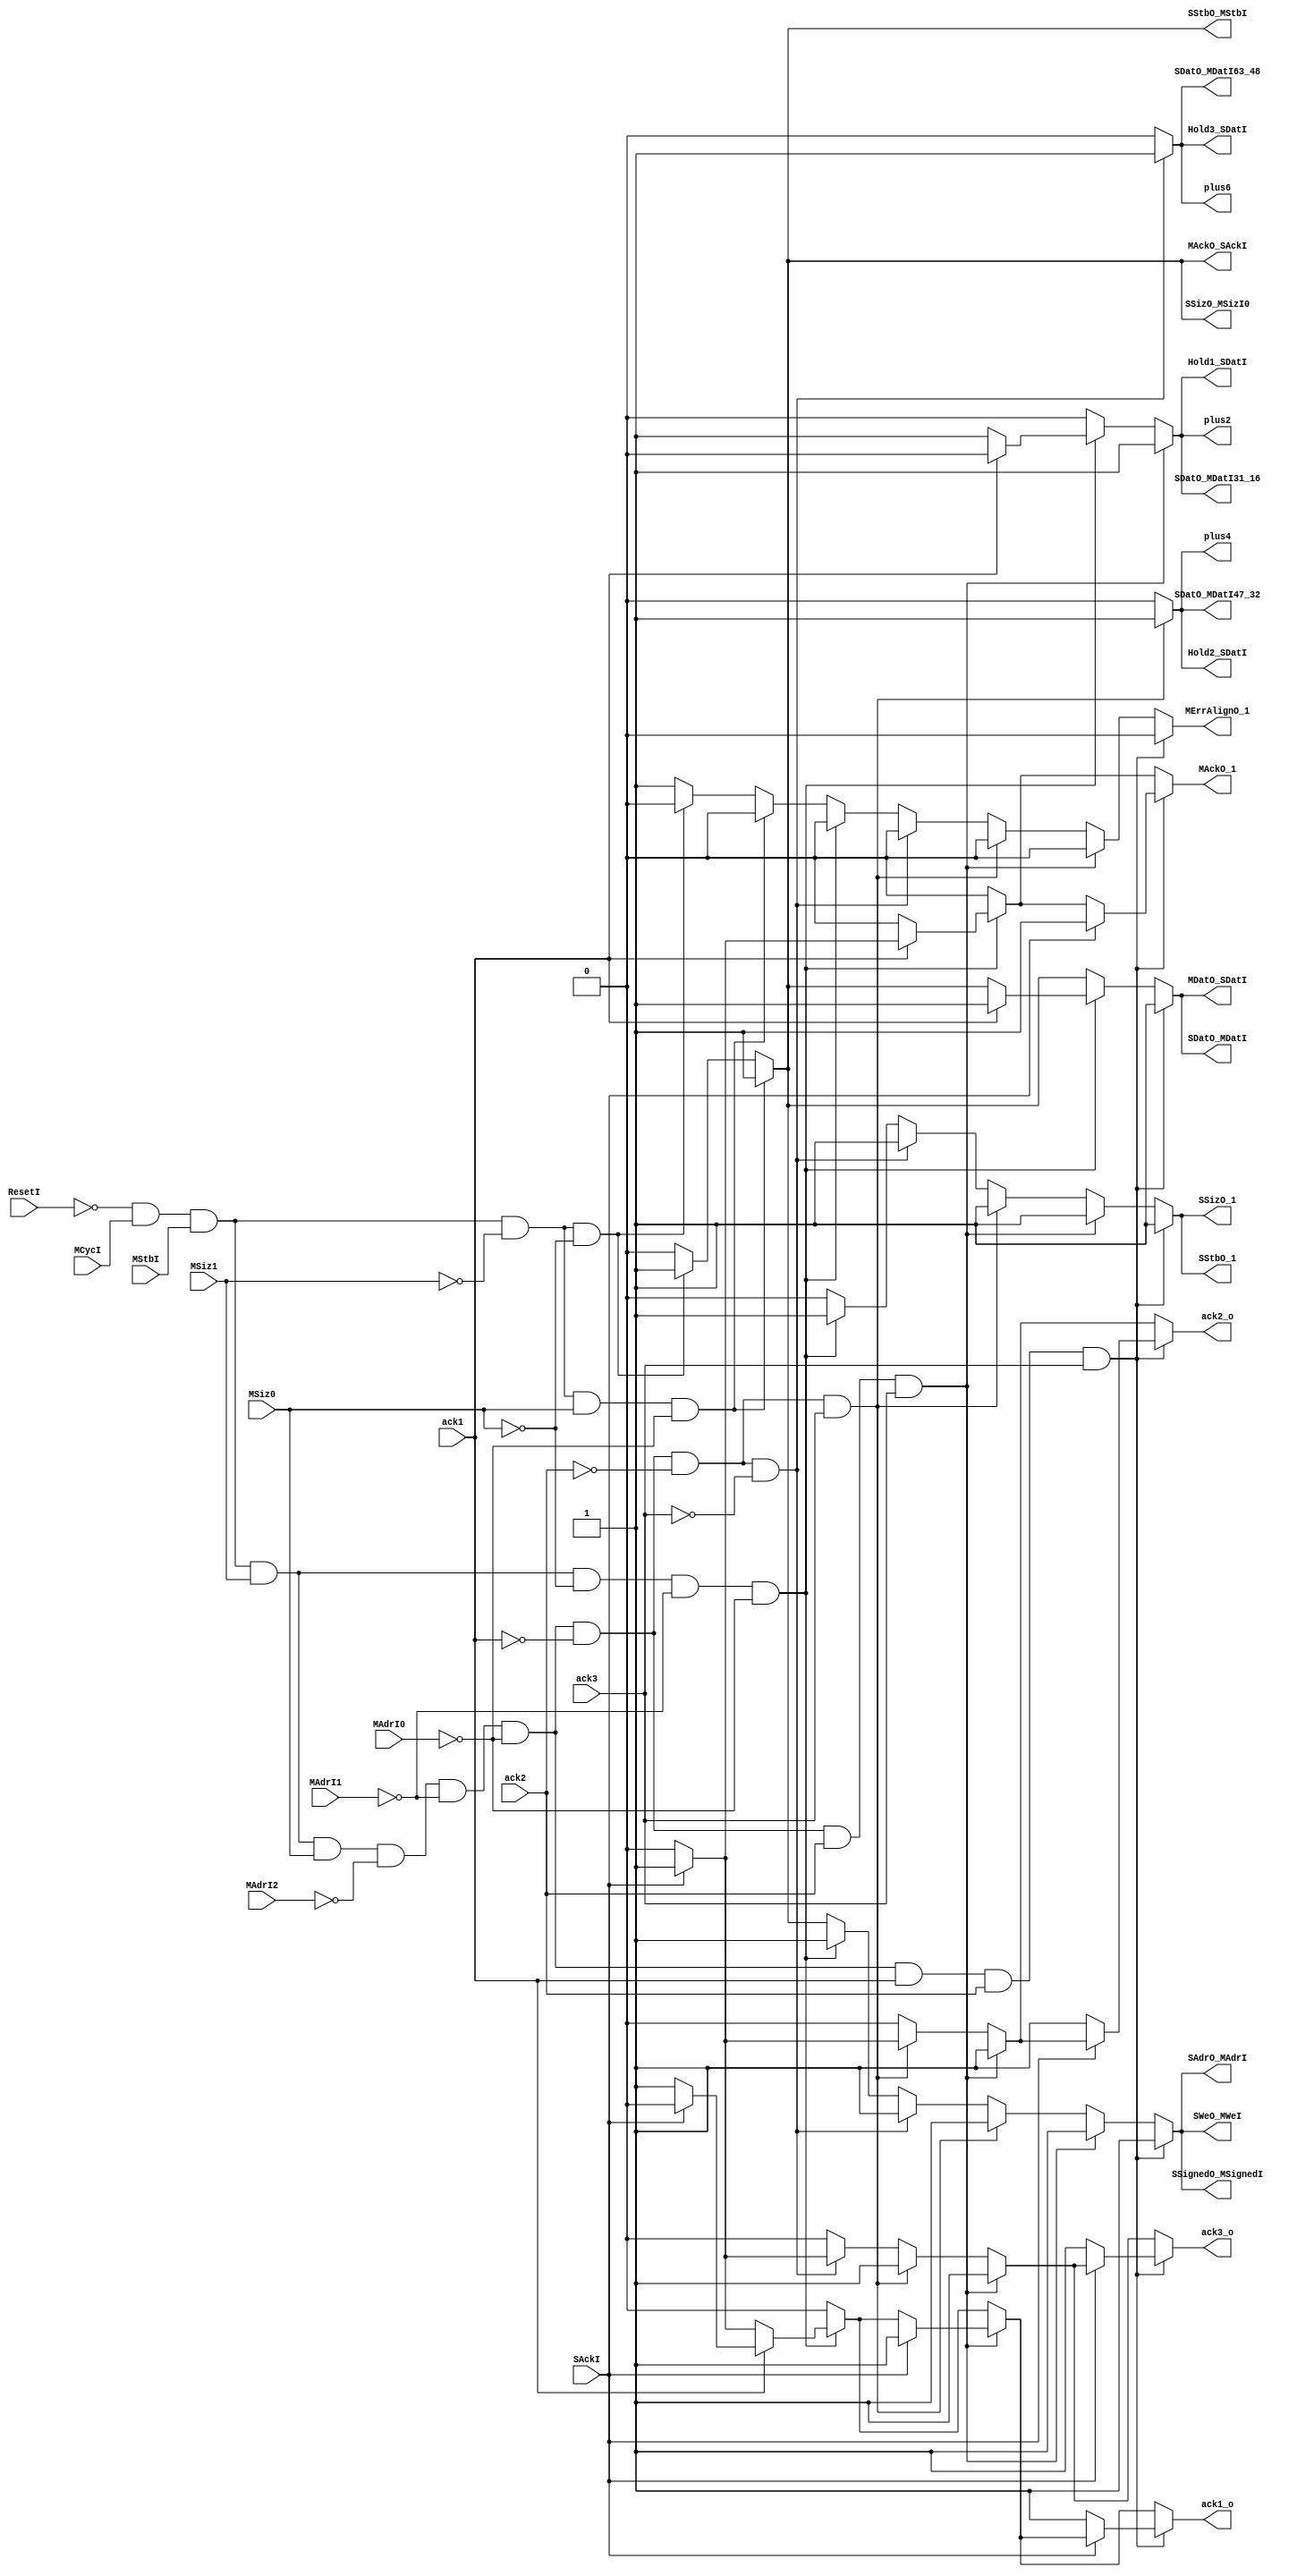
module BottleneckSequencer(
	input 	SAckI,
	input 	ack3,
	input 	ack2,
	input 	ack1,
	input 	MAdrI2,
	input 	MAdrI1,
	input 	MAdrI0,
	input 	MSiz0,
	input 	MSiz1,
	input 	MStbI,
	input 	MCycI,
	input 	ResetI,
	output 	SWeO_MWeI,
	output 	SStbO_MStbI,
	output 	SStbO_1,
	output 	SSizO_MSizI0,
	output 	SSizO_1,
	output 	SSignedO_MSignedI,
	output 	SDatO_MDatI63_48,
	output 	SDatO_MDatI47_32,
	output 	SDatO_MDatI31_16,
	output 	SDatO_MDatI,
	output 	plus6,
	output 	plus4,
	output 	plus2,
	output 	SAdrO_MAdrI,
	output 	MErrAlignO_1,
	output 	MDatO_SDatI,
	output 	MAckO_SAckI,
	output 	MAckO_1,
	output 	Hold3_SDatI,
	output 	Hold2_SDatI,
	output 	Hold1_SDatI,
	output 	ack3_o,
	output 	ack2_o,
	output 	ack1_o
);
	reg SWeO_MWeI;
	reg SStbO_MStbI;
	reg SStbO_1;
	reg SSizO_MSizI0;
	reg SSizO_1;
	reg SSignedO_MSignedI;
	reg SDatO_MDatI63_48;
	reg SDatO_MDatI47_32;
	reg SDatO_MDatI31_16;
	reg SDatO_MDatI;
	reg plus6;
	reg plus4;
	reg plus2;
	reg SAdrO_MAdrI;
	reg MErrAlignO_1;
	reg MDatO_SDatI;
	reg MAckO_SAckI;
	reg MAckO_1;
	reg Hold3_SDatI;
	reg Hold2_SDatI;
	reg Hold1_SDatI;
	reg ack3_o;
	reg ack2_o;
	reg ack1_o;

	always @(*) begin
		SWeO_MWeI = 0;
		SStbO_MStbI = 0;
		SStbO_1 = 0;
		SSizO_MSizI0 = 0;
		SSizO_1 = 0;
		SSignedO_MSignedI = 0;
		SDatO_MDatI63_48 = 0;
		SDatO_MDatI47_32 = 0;
		SDatO_MDatI31_16 = 0;
		SDatO_MDatI = 0;
		plus6 = 0;
		plus4 = 0;
		plus2 = 0;
		SAdrO_MAdrI = 0;
		MErrAlignO_1 = 1;	// Unless told otherwise, assume unaligned accesses.
		MDatO_SDatI = 0;
		MAckO_SAckI = 0;
		MAckO_1 = 0;
		Hold3_SDatI = 0;
		Hold2_SDatI = 0;
		Hold1_SDatI = 0;
		ack3_o = 0;
		ack2_o = 0;
		ack1_o = 0;

		// 8-bit accesses

		if (~ResetI && MCycI && MStbI && ~MSiz1 && ~MSiz0) begin
			SAdrO_MAdrI = 1;
			SDatO_MDatI = 1;
			SSignedO_MSignedI = 1;
			SSizO_MSizI0 = 1;
			SStbO_MStbI = 1;
			SWeO_MWeI = 1;
			MAckO_SAckI = 1;
			MDatO_SDatI = 1;
			MErrAlignO_1 = 0;
		end

		// 16-bit accesses

		if (~ResetI && MCycI && MStbI && ~MSiz1 && MSiz0 && ~MAdrI0) begin
			SAdrO_MAdrI = 1;
			SDatO_MDatI = 1;
			SSignedO_MSignedI = 1;
			SSizO_MSizI0 = 1;
			SStbO_MStbI = 1;
			SWeO_MWeI = 1;
			MAckO_SAckI = 1;
			MDatO_SDatI = 1;
			MErrAlignO_1 = 0;
		end

		// 32-bit accesses

		if (~ResetI && MCycI && MStbI && MSiz1 && ~MSiz0 && ~MAdrI1 && ~MAdrI0) begin
			SAdrO_MAdrI = 1;
			SSignedO_MSignedI = 1;
			SSizO_1 = 1;
			SStbO_1 = 1;
			SWeO_MWeI = 1;
			MErrAlignO_1 = 0;

			if (~ack1) begin
				plus2 = 1;
				SDatO_MDatI31_16 = 1;
				Hold1_SDatI = 1;

				if (SAckI) begin
					ack1_o = 1;
				end
			end
			else begin
				SDatO_MDatI = 1;
				MDatO_SDatI = 1;

				if (SAckI) begin
					MAckO_1 = 1;
				end
				else begin
					ack1_o = 1;
				end
			end
		end

		// 64-bit accesses

		if (~ResetI && MCycI && MStbI && MSiz1 && MSiz0 && ~MAdrI2 && ~MAdrI1 && ~MAdrI0 && ~ack1 && ~ack2 && ~ack3) begin
			SAdrO_MAdrI = 1;
			plus6 = 1;
			SDatO_MDatI63_48 = 1;
			SSignedO_MSignedI = 1;
			SSizO_1 = 1;
			SStbO_1 = 1;
			SWeO_MWeI = 1;
			Hold3_SDatI = 1;
			MErrAlignO_1 = 0;

			if (SAckI) begin
				ack3_o = 1;
			end
		end

		if (~ResetI && MCycI && MStbI && MSiz1 && MSiz0 && ~MAdrI2 && ~MAdrI1 && ~MAdrI0 && ~ack1 && ~ack2 && ack3) begin
			SAdrO_MAdrI = 1;
			plus4 = 1;
			SDatO_MDatI47_32 = 1;
			SSignedO_MSignedI = 1;
			SSizO_1 = 1;
			SStbO_1 = 1;
			SWeO_MWeI = 1;
			Hold2_SDatI = 1;
			MErrAlignO_1 = 0;
			ack3_o = 1;

			if (SAckI) begin
				ack2_o = 1;
			end
		end

		if (~ResetI && MCycI && MStbI && MSiz1 && MSiz0 && ~MAdrI2 && ~MAdrI1 && ~MAdrI0 && ~ack1 && ack2 && ack3) begin
			SAdrO_MAdrI = 1;
			plus2 = 1;
			SDatO_MDatI31_16 = 1;
			SSignedO_MSignedI = 1;
			SSizO_1 = 1;
			SStbO_1 = 1;
			SWeO_MWeI = 1;
			Hold1_SDatI = 1;
			MErrAlignO_1 = 0;
			ack2_o = 1;
			ack3_o = 1;

			if (SAckI) begin
				ack1_o = 1;
			end
		end

		if (~ResetI && MCycI && MStbI && MSiz1 && MSiz0 && ~MAdrI2 && ~MAdrI1 && ~MAdrI0 && ack1 && ack2 && ack3) begin
			SAdrO_MAdrI = 1;
			SDatO_MDatI = 1;
			SSignedO_MSignedI = 1;
			SSizO_1 = 1;
			SStbO_1 = 1;
			SWeO_MWeI = 1;
			MDatO_SDatI = 1;
			MErrAlignO_1 = 0;

			if (SAckI) begin
				MAckO_1 = 1;
			end
			else begin
				ack1_o = 1;
				ack2_o = 1;
				ack3_o = 1;
			end
		end
	end
endmodule